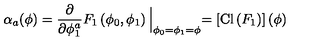
\alpha _ { a } ( \phi ) = \frac { \partial } { \partial \phi _ { 1 } ^ { a } } F _ { 1 } \left( \phi _ { 0 } , \phi _ { 1 } \right) \Bigl | _ { \phi _ { 0 } = \phi _ { 1 } = \phi } = \left[ \mathrm { C l } \left( F _ { 1 } \right) \right] ( \phi ) \Bigr .